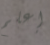
إعلم